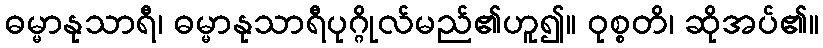
ဓမ္မာနုသာရီ၊ ဓမ္မာနုသာရီပုဂ္ဂိုလ်မည်၏ဟူ၍။ ဝုစ္စတိ၊ ဆိုအပ်၏။